Leaving Certificate Examination, 1923
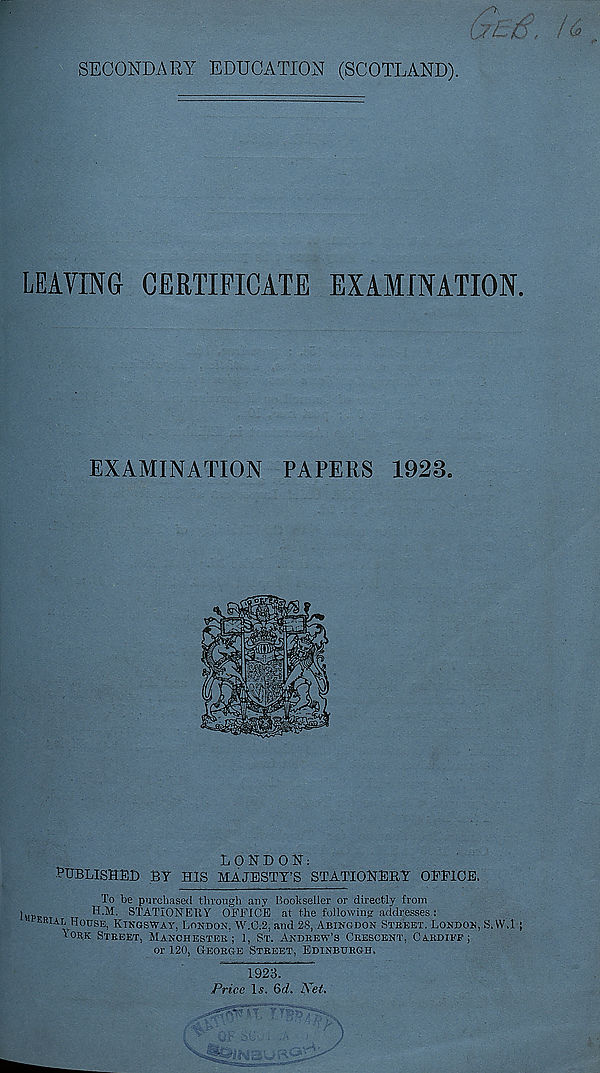
SECONDARY EDUCATION (SCOTLAND).
LEAVING CERTIFICATE EXAMINATION
EXAMINATION PAPERS 1928.
LONDON:
PUBLISHED BY HIS MAJESTY’S STATIONERY OEFICE.
To be purchased through any Bookseller or directly from
H.M. STATIONERY OFFICE at the following addresses :
ERIAT. HOUSE, KINOSWAY, LONDON, W.C.2, and 28, ABINGDON STREET. LONDON, S.VV.l
tORK STREET, MANCHESTER’; 1, ST. ANDREW’S CRESCENT, CARDIFF;
or 120, GEORGE STREET, EDINBURGH.
1923.
Price Is. Qd. Net.